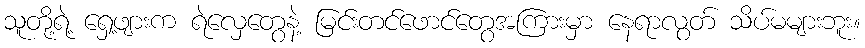
သူတို့ရဲ့ ရှေ့ဖျားက ရဲလှေတွေနဲ့ မြင်းတင်ဖောင်တွေအကြားမှာ နေရာလွတ် သိပ်မများဘူး။